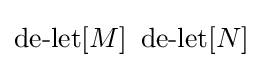
\operatorname {de-let} [M]\ \operatorname {de-let} [N]